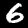
Digit: 6